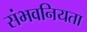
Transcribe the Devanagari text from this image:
संभवनियता